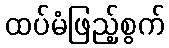
ထပ်မံဖြည့်စွက်